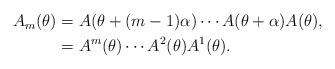
LaTeX: \begin{align*}\begin{aligned}A_{m}(\theta) &=A(\theta+(m-1) \alpha) \cdots A(\theta+\alpha) A(\theta), \\&=A^{m}(\theta) \cdots A^{2}(\theta) A^{1}(\theta).\end{aligned}\end{align*}